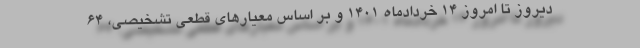
دیروز تا امروز ۱۴ خردادماه ۱۴۰۱ و بر اساس معیارهای قطعی تشخیصی، ۶۴